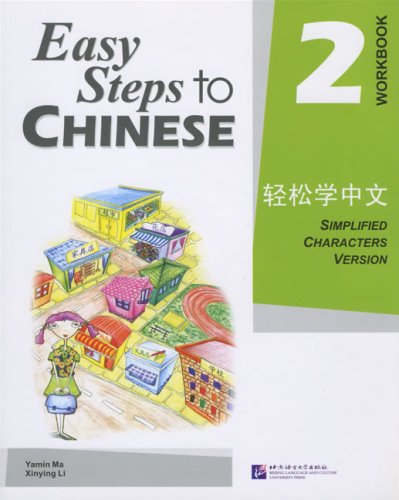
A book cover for Easy Steps to Chinese, Workbook, Vol. 2; Ma Yamin; Travel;